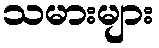
သမားများ